Report of the Indian Hemp Drugs Commission, 1894-1895 - Volume VI
Year: 1894
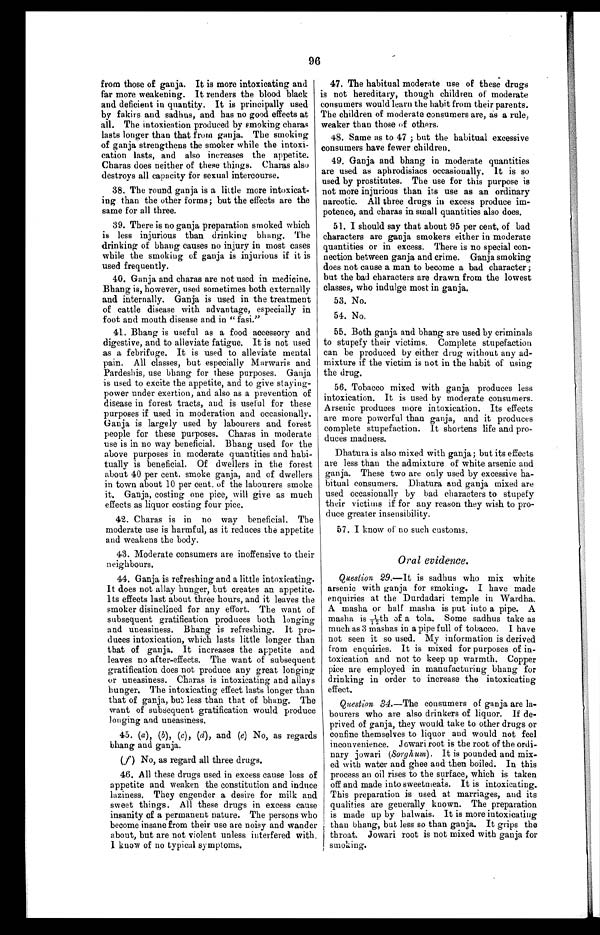
96
from those of ganja. It is more intoxicating and
far more weakening. It renders the blood black
and deficient in quantity. It is principally used
by fakirs and sadhus, and has no good effects at
all. The intoxication produced by smoking charas
lasts longer than that from ganja. The smoking
of ganja strengthens the smoker while the intoxi-
cation lasts, and also increases the appetite.
Charas does neither of these things. Charas also
destroys all capacity for sexual intercourse.
38. The round ganja is a little more intoxicat-
ing than the other forms; but the effects are the
same for all three.
39. There is no ganja preparation smoked which
is less injurious than drinking bhang. The
drinking of bhang causes no injury in most cases
while the smoking of ganja is injurious if it is
used frequently.
40. Ganja and charas are not used in medicine.
Bhang is, however, used sometimes both externally
and internally. Ganja is used in the treatment
of cattle disease with advantage, especially in
foot and mouth disease and in " fasi."
41. Bhang is useful as a food accessory and
digestive, and to alleviate fatigue. It is not used
as a febrifuge. It is used to alleviate mental
pain. All classes, but especially Marwaris and
Pardeshis, use bhang for these purposes. Ganja
is used to excite the appetite, and to give staying-
power under exertion, and also as a prevention of
disease in forest tracts, and is useful for these
purposes if used in moderation and occasionally.
Ganja is largely used by labourers and forest
people for these purposes. Charas in moderate
use is in no way beneficial. Bhang used for the
above purposes in moderate quantities and habi-
tually is beneficial. Of dwellers in the forest
about 40 per cent. smoke ganja, and of dwellers
in town about 10 per cent. of the labourers smoke
it. Ganja, costing one pice, will give as much
effects as liquor costing four pice.
42. Charas is in no way beneficial. The
moderate use is harmful, as it reduces the appetite
and weakens the body.
43. Moderate consumers are inoffensive to their
neighbours.
44. Ganja is refreshing and a little intoxicating.
It does not allay hunger, but creates an appetite.
Its effects last about three hours, and it leaves the
smoker disinclined for any effort. The want of
subsequent gratification produces both longing
and uneasiness. Bhang is refreshing. It pro-
duces intoxication, which lasts little longer than
that of ganja. It increases the appetite and
leaves no after-effects. The want of subsequent
gratification does not produce any great longing
or uneasiness. Charas is intoxicating and allays
hunger. The intoxicating effect lasts longer than
that of ganja, but less than that of bhang. The
want of subsequent gratification would produce
longing and uneasiness.
45. (a ), (b), (c), (d), and (e) No, as regards
bhang and ganja.
(f) No, as regard all three drugs.
46. All these drugs used in excess cause loss of
appetite and weaken the constitution and induce
l a z i n e s s . Th e y e n g e n d e r a d e s i r e f o r mi l k a n d
sweet things. All these drugs in excess cause
insanity of a permanent nature. The persons who
become insane from their use are noisy and wander
about, but are not violent unless interfered with.
I know of no typical symptoms.
47. The habitual moderate use of these drugs
is not hereditary, though children of moderate
consumers would learn the habit from their parents.
The children of moderate consumers are, as a rule,
weaker than those of others.
48. Same as to 47 ; but the habitual excessive
consumers have fewer children.
49. Ganja and bhang in moderate quantities
are used as aphrodisiacs occasionally. It is so
used by prostitutes. The use for this purpose is
not more injurious than its use as an ordinary
narcotic. All three drugs in excess produce im-
potence, and charas in small quantities also does.
51. I should say that about 95 per cent. of bad
characters are ganja smokers either in moderate
quantities or in excess. There is no special con-
nection between ganja and crime. Ganja smoking
does not cause a man to become a bad character ;
but the bad characters are drawn from the lowest
classes, who indulge most in ganja.
53. No.
54. No.
55. Both ganja, and bhang are used by criminals
to stupefy their victims. Complete stupefaction
can be produced by either drug without any ad-
mixture if the victim is not in the habit of using
the drug.
56. Tobacco mixed with ganja, produces less
intoxication. It is used by moderate consumers.
Arsenic produces more intoxication. Its effects
are more powerful than ganja, and it produces
complete stupefaction. It shortens life and pro-
duces madness.
Dhatura is also mixed with ganja; but its effects
are less than the admixture of white arsenic and
ganja. These two are only used by excessive ha-
bitual consumers. Dhatura and ganja mixed are
used occasionally by bad characters to stupefy
their victims if for any reason they wish to pro-
duce greater insensibility.
57. I know of no such customs.
Oral evidence.
Question 29.—It is sadhus who mix white
arsenic with ganja for smoking. I have made
enquiries at the Durdadari temple in Wardha.
A masha or half masha is put into a pipe. A
ma s ha i s 1/ 12- t h of a t ol a . Some s a dhus t a ke a s
much as 3 mashas in a pipe full of tobacco. I have
not seen it so used. My information is derived
from enquiries. It is mixed for purposes of in-
toxication and not to keep up warmth. Copper
pice are employed in manufacturing bhang for
drinking in order to increase the intoxicating
effect.
Question 34. —The consumers of ganja are la-
bourers who are also drinkers of liquor. If de-
prived of ganja, they would take to other drugs or
confine themselves to liquor and would not feel
inconvenience. Jowari root is the root of the ordi-
nary jowari (Sorghum). It is pounded and mix-
ed with water and ghee and then boiled. In this
process an oil rises to the surface, which is taken
off and made into sweetmeats. It is intoxicating.
This preparation is used at marriages, and its
qualities are generally known. The preparation
is made up by halwais. It is more intoxicating
than bhang, but less so than ganja. It grips the
throat. Jowari root is not mixed with ganja for
smoking.